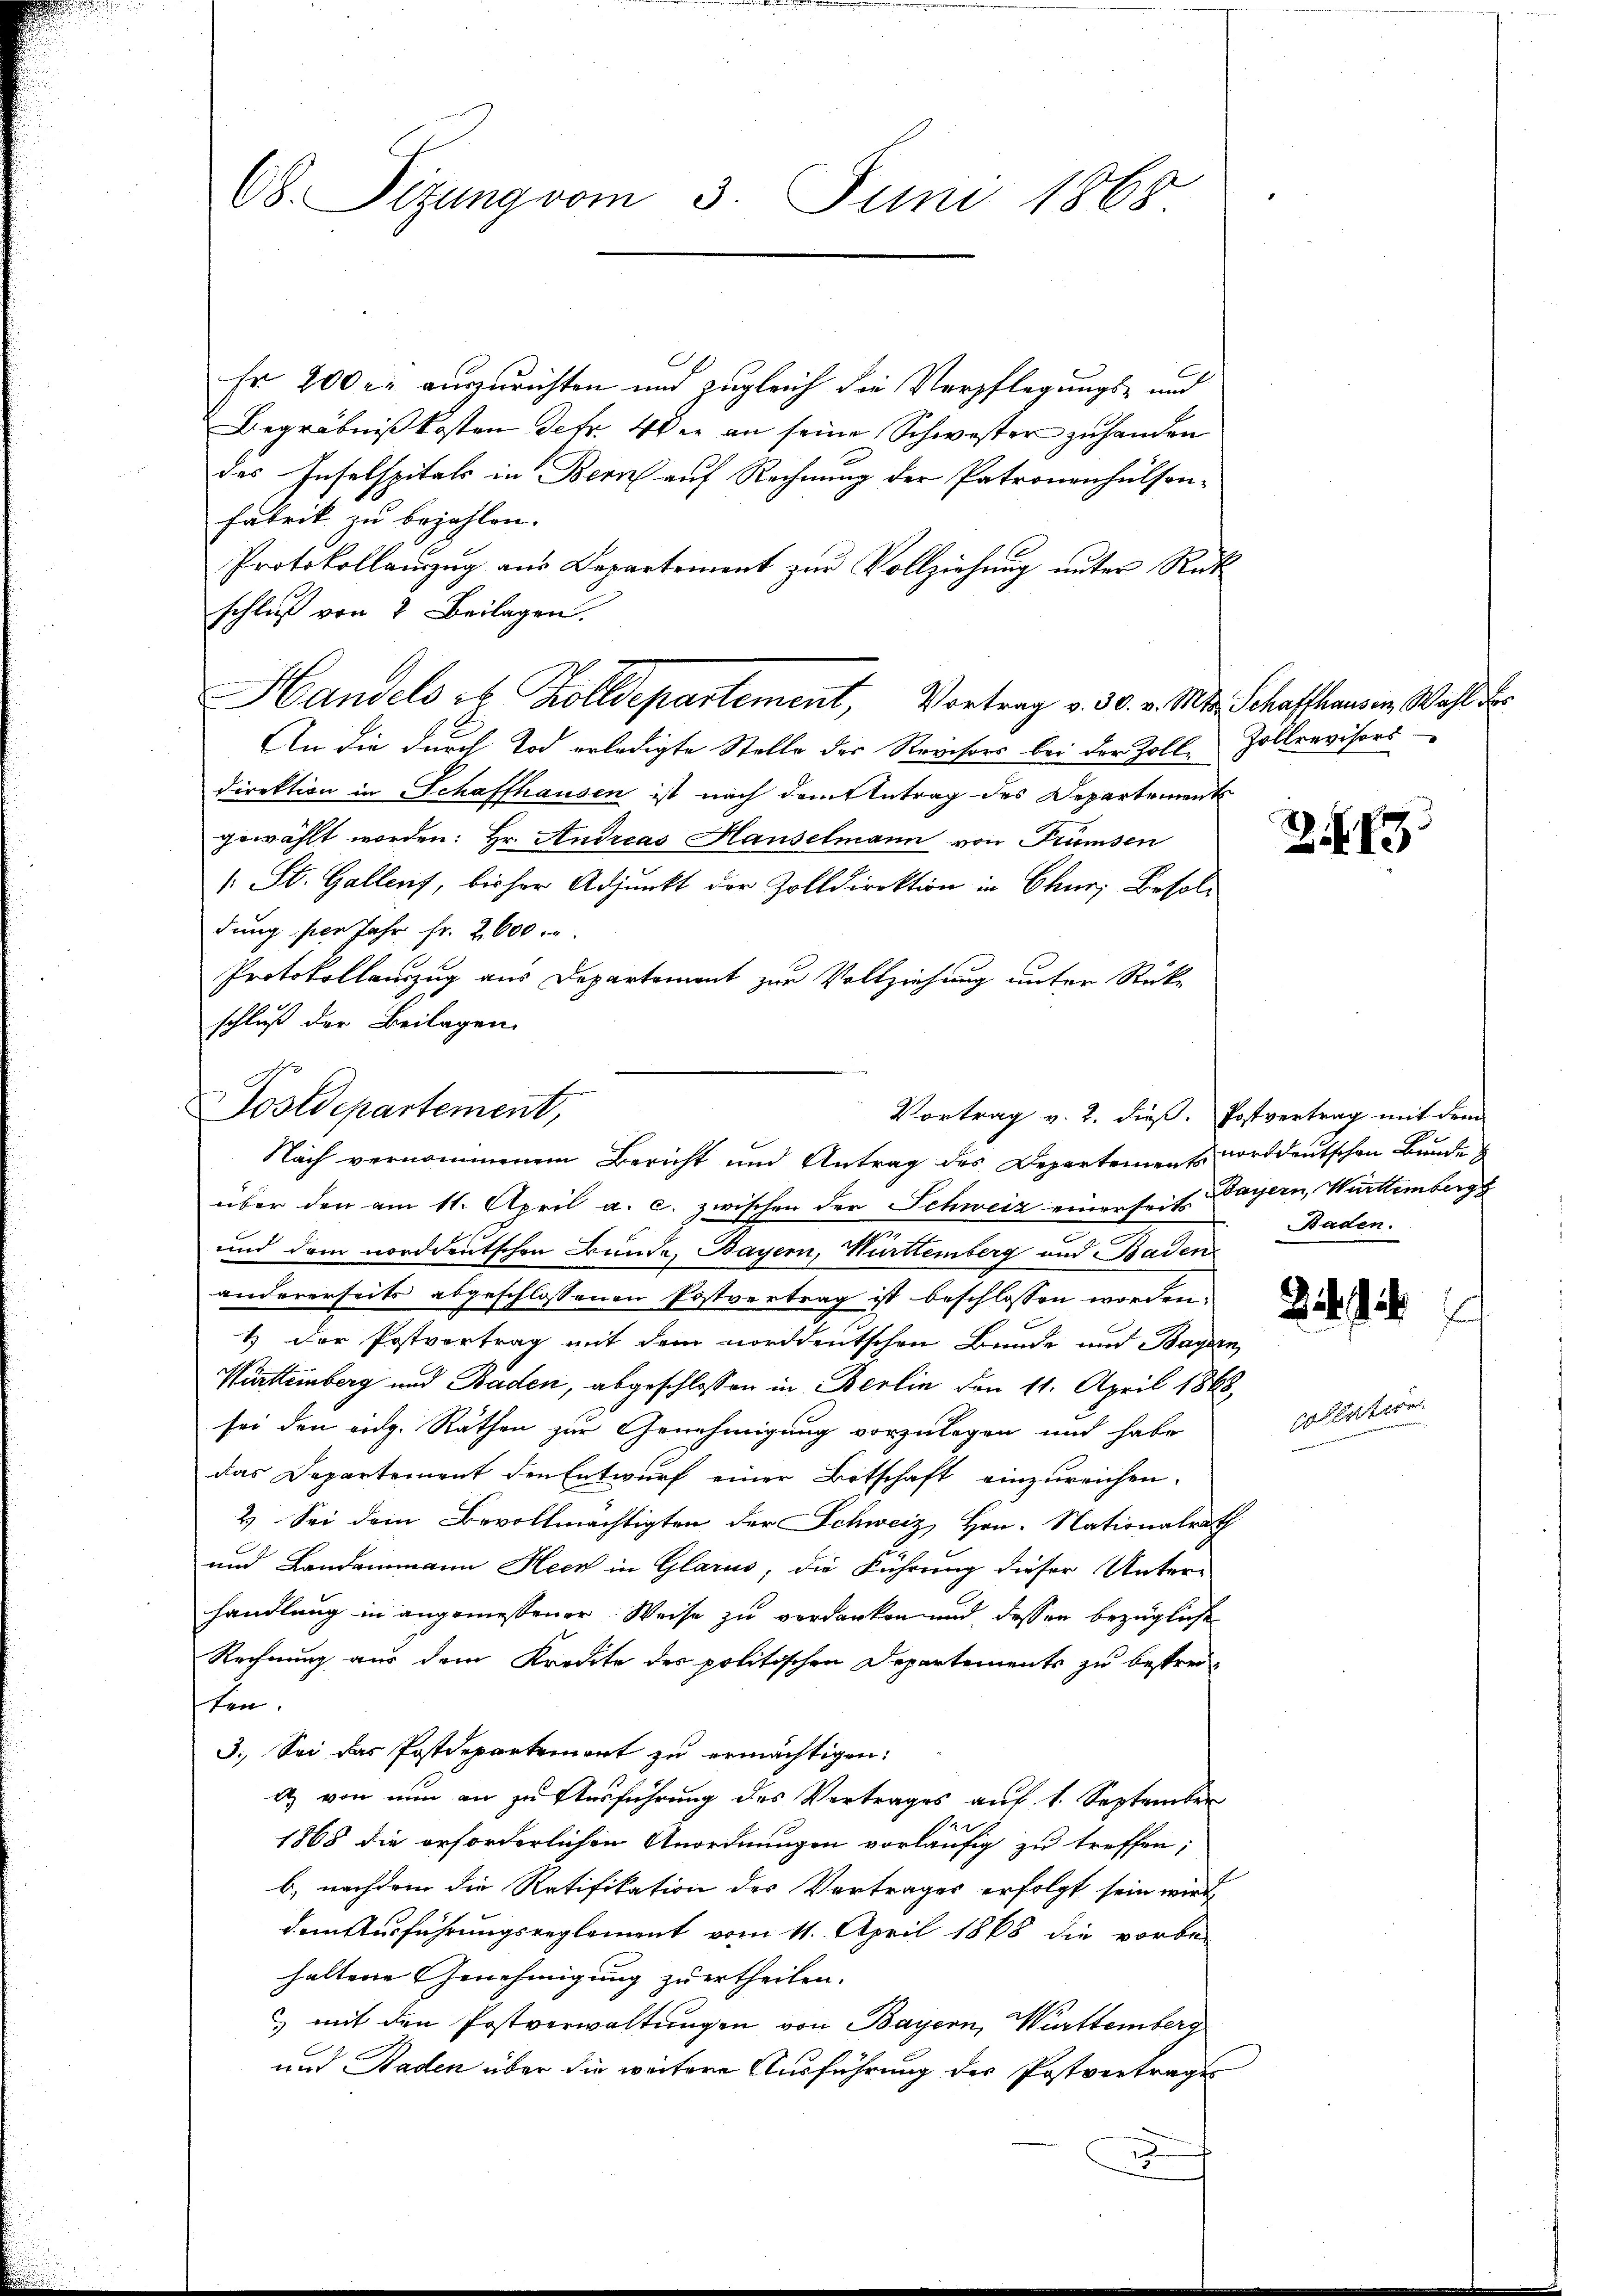
68. Sitzung vom 3. Juni 1868

Er 200 r. auszurichten und zugleich die Verpflegungs- und
Begräbnißkosten detr. Wie an seine Schwester zu handen
des Inselspitals in Bern auf Rechnung der Patronenhulson-
Fabrik zu bezahlen.
Protokollanzug aus Departement zŭr Vollziehung unter Rüt
schluß von 2 Beilagen.
Handels es Zolldepartement, Vortrag v. 30. v. Mts. Schaffhausen Wahl der
An die durch Tod erledigte Stelle der Revisors bei der Zolle Zollrevisors
direktion in Schaffhausen ist nach dem Antrag des Departements
gewählt worden: Hr. Andreas Hauselmann von Trümsen
/: St. Gallenz, bisher Adjunkt der Zolldirektion in Chur, Besoldung per Jahr fr. 2600.
Protokollauszug aus Departement zur Vollziehung unter Stükschluß der Beilagen.

Vortrag v. 2. dieß. Postvertrag mit dem
über den am 11. April a. c. zwischen der Schweiz einerseit Bayern, Württemberge
und dem norddeutschen Bunde, Bayern, Württemberg und Baden
andererseits abgeschlossenen Postvertrag ist beschlossen worden.
1 der Postvortrag mit dem norddeutschen Bunde und Bayern
Württemberg und Baden, abgeschlossen in Berlin den 11. April 1868,
sei den eidg. Räthen zur Genehmigung vorzulegen und habe
das Departement den Entwurf einer Bitschaft einzureichen.
2.) Sei dem Bevollmächtigten der Schweiz, Hrn. Nationalrath
und Landammann Heck in Glarus, die Führung dieser Unter-
handlung in angemessener Weise zu verdanken und dessen bezügliche
Rechnung aus dem Kredite der politischen Departements zu bestreiston.
3. Sei das Postdepartement zu ermächtigen:
a) von nun an zu Ausführung des Vertrages auf 1. September
.
1868 die erforderlichen Anordnungen vorläufig zu treffen;
b) nachdem die Ratifikation des Vertrages erfolgt sein wird,
dausführungsreglement vom 11. April 1868 die vorbe-
haltene Genehmigung zu ertheilen.
& mit den Postverwaltungen von Bayern, Württemberg
und Baden über die weitere Ausführung des Postvertrages

Postdepartement,
Nach vernommenem Bericht und Antrag des Departement norddeutschen Bunde

2

Baden.

collation.

E